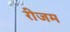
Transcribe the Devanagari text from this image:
रीजम